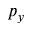
p _ { y }